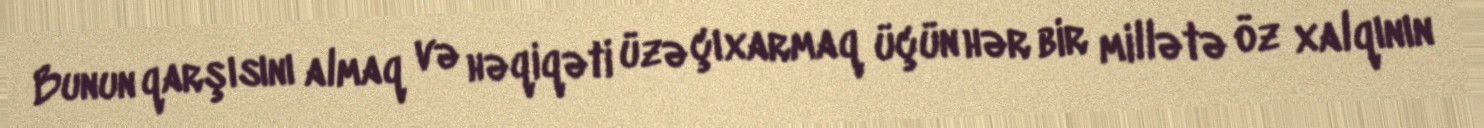
Bunun qarşısını almaq və həqiqəti üzə çıxarmaq üçün hər bir millətə öz xalqının